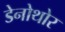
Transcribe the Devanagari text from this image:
डेनोथोर